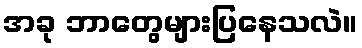
အခု ဘာတွေများပြနေသလဲ။